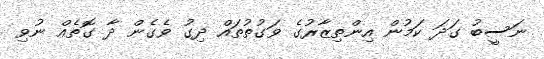
ނަސީބު ގަދަ ކަމުން އިންތިޒާރުގެ ވަގުތުތައް ދިގު ވެގެން ދާ ގޮތެއް ނުވި